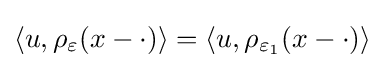
\left\langle u,\rho _{\varepsilon }(x-\cdot )\right\rangle =\left\langle u,\rho _{\varepsilon _{1}}(x-\cdot )\right\rangle